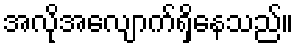
အလိုအလျောက်ရှိနေသည်။